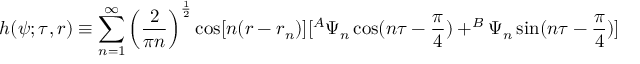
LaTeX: h ( \psi ; \tau , r ) \equiv \sum _ { n = 1 } ^ { \infty } \left( \frac 2 { \pi n } \right) ^ { \frac 1 2 } \cos [ n ( r - r _ { n } ) ] [ ^ { A } \Psi _ { n } \cos ( n \tau - \frac \pi 4 ) + ^ { B } \Psi _ { n } \sin ( n \tau - \frac \pi 4 ) ]